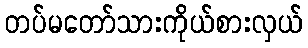
တပ်မတော်သားကိုယ်စားလှယ်